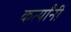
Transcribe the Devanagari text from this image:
कर्त्यांनी